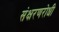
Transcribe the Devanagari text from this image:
संक्षरणरोधी